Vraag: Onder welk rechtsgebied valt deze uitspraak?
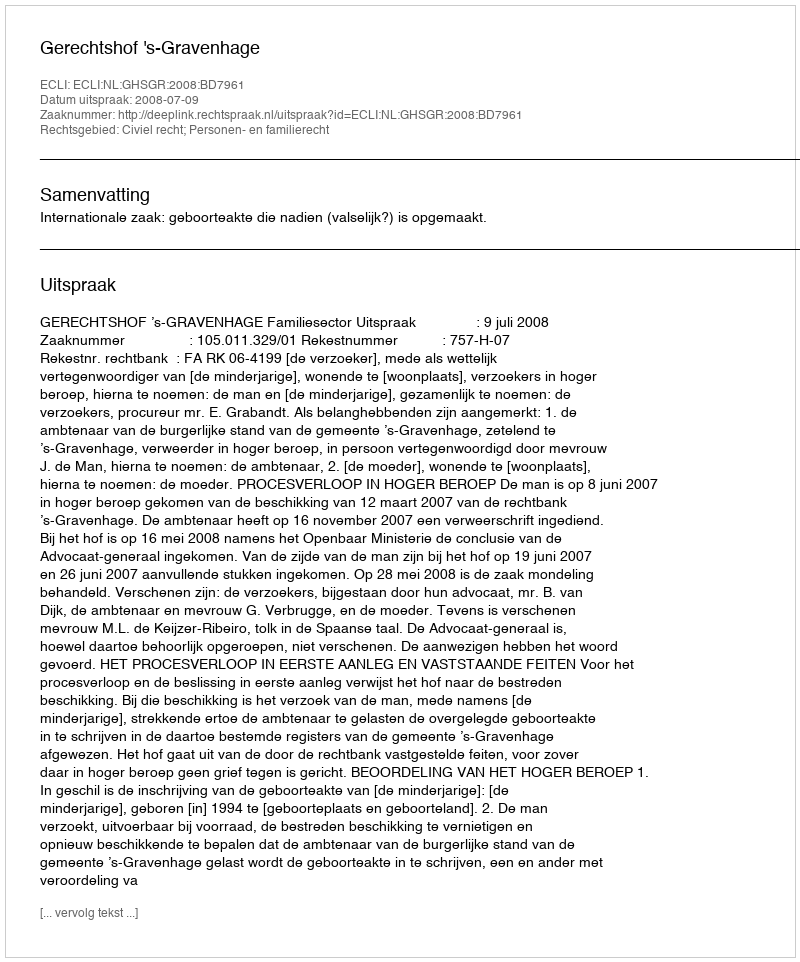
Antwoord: Civiel recht; Personen- en familierecht